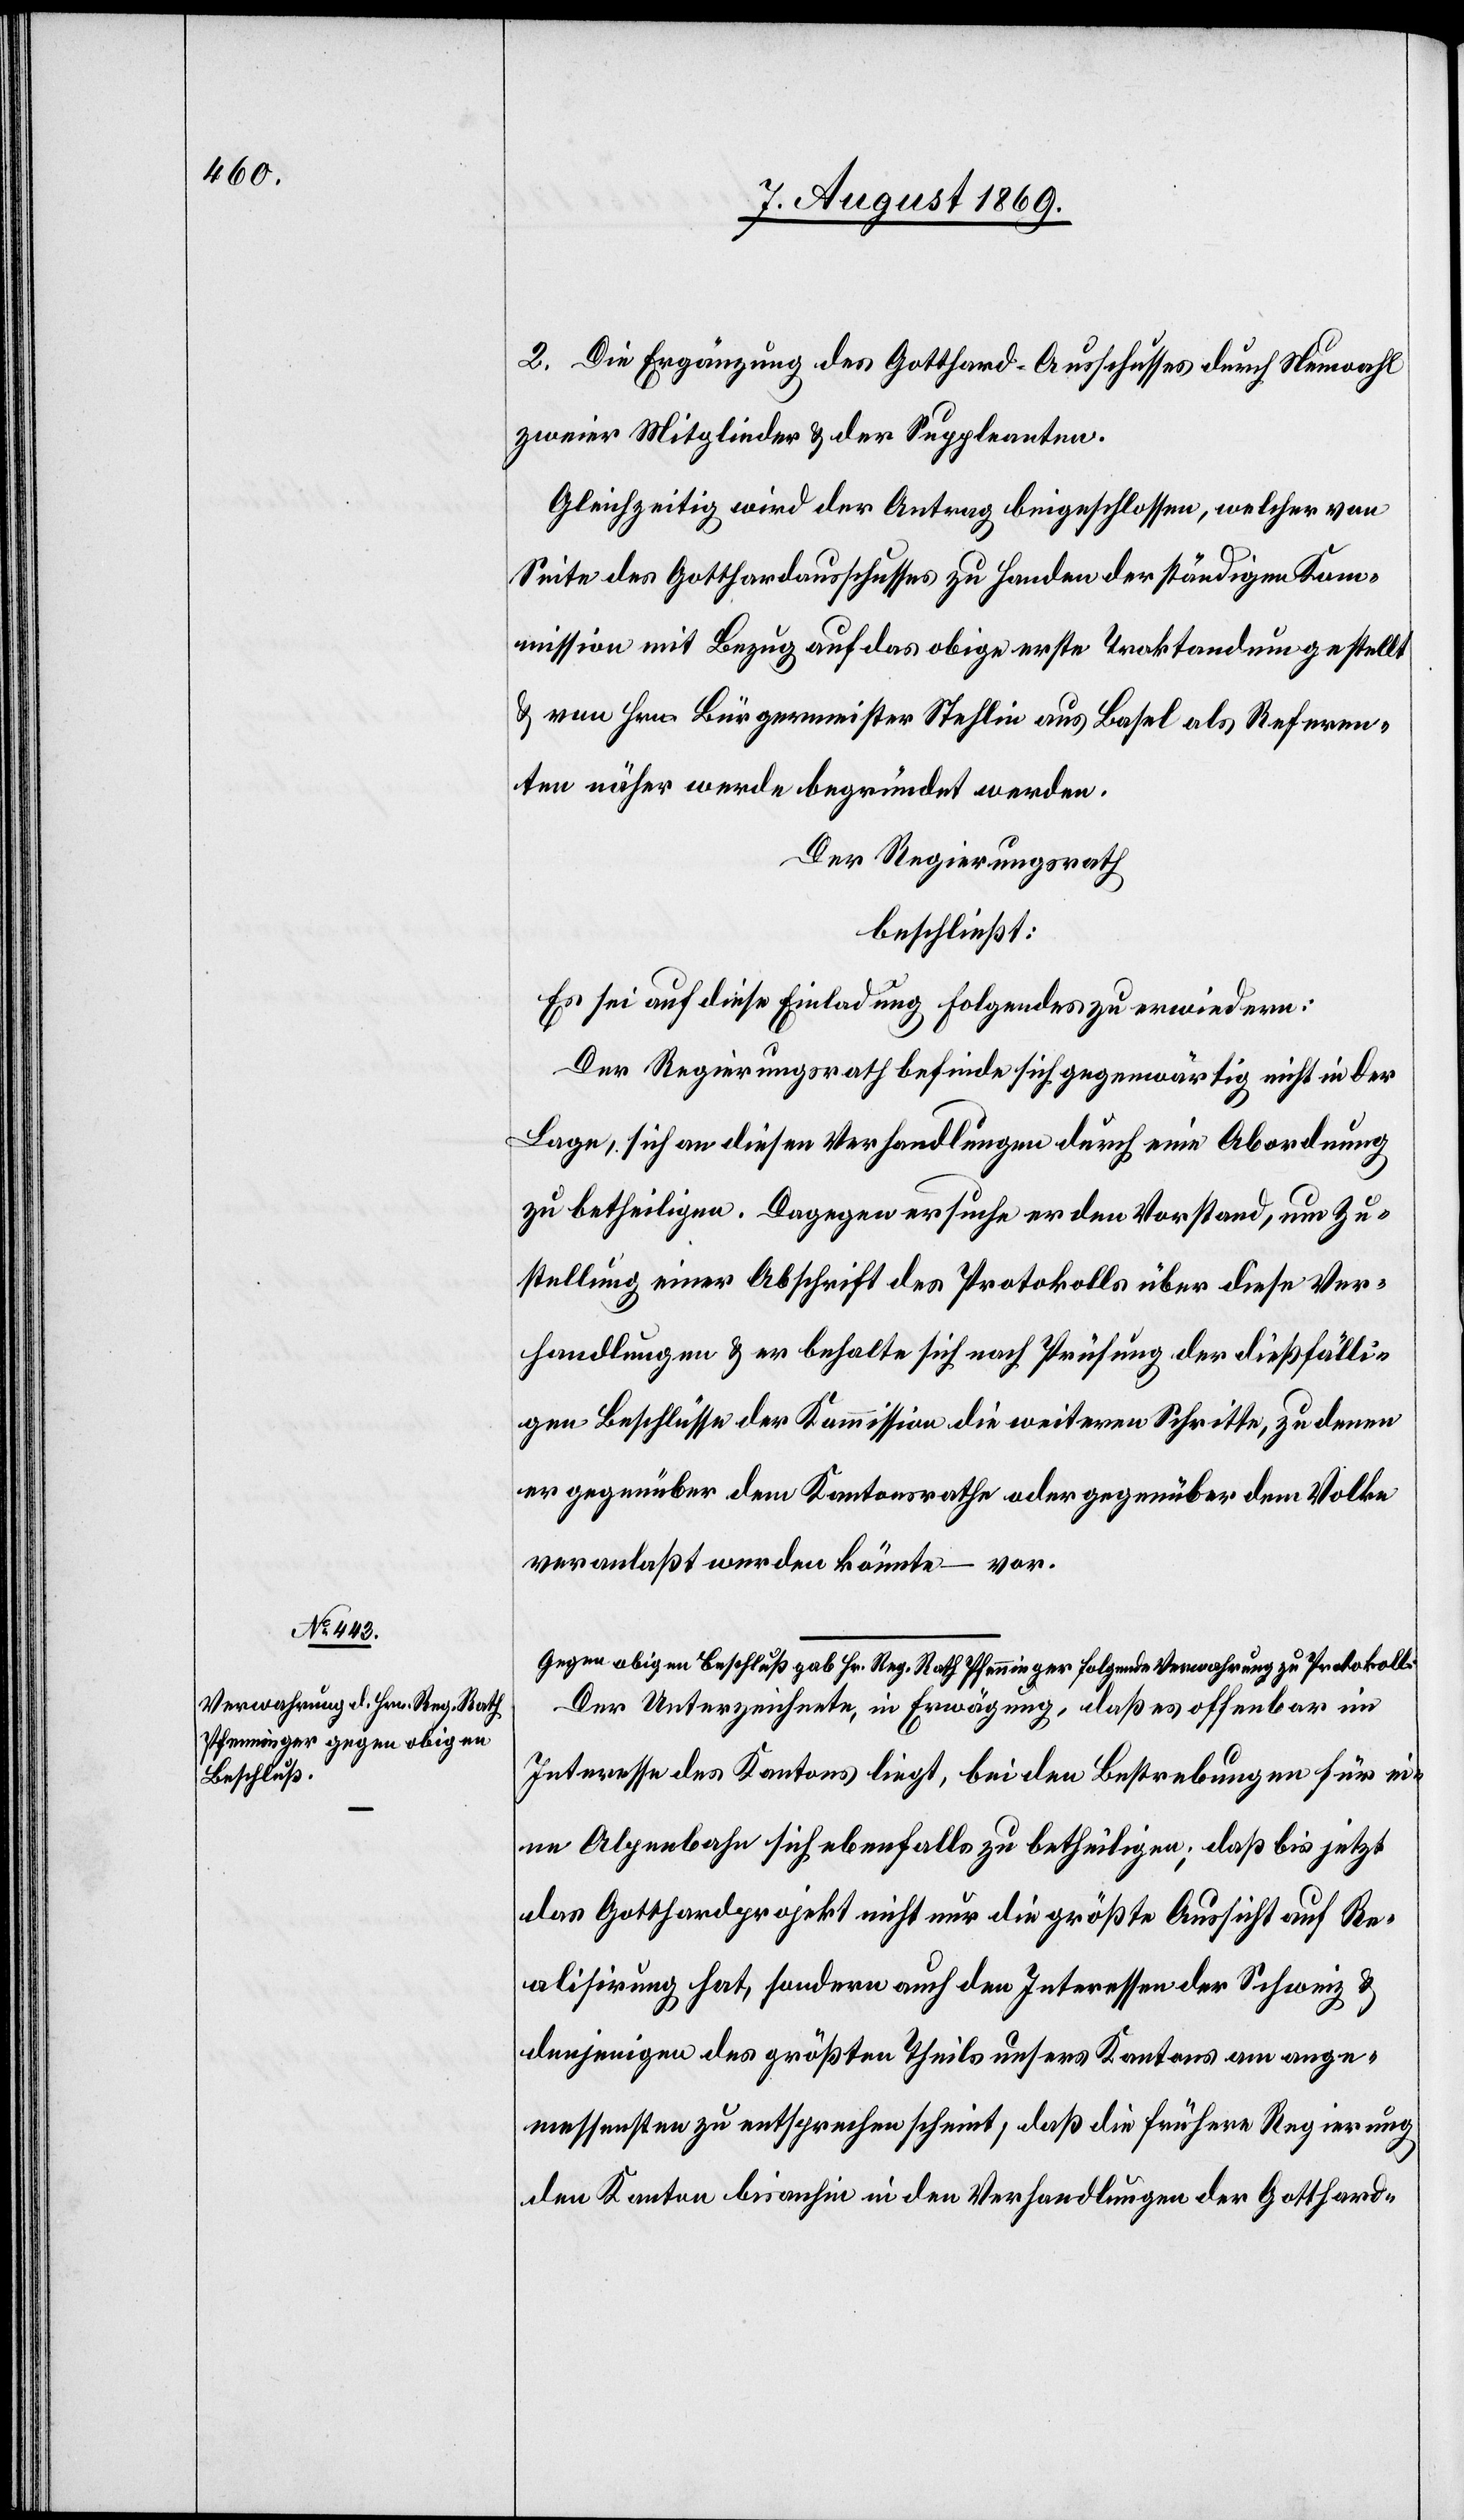
2. Die Ergänzung des Gotthard-Ausschusses durch Neuwahl
zweier Mitglieder & der Suppleanten.
Gleichzeitig wird der Antrag beigeschlossen, welcher von
Seite des Gotthardausschusses zu Handen der ständigen Kom¬
mission mit Bezug auf das obige erste Traktandum gestellt
& von Hrn. Bürgermeister Stehlin aus Basel als Referen¬
ten näher werde begründet werden.
Der Regierungsrath
beschließt:
Es sei auf diese Einladung folgendes zu erwiedern:
Der Regierungsrath befinde sich gegenwärtig nicht in der
Lage, sich an diesen Verhandlungen durch eine Abordnung
zu betheiligen. Dagegen ersuche er den Vorstand, um Zu¬
stellung einer Abschrift des Protokolls über diese Ver¬
handlungen & er behalte sich nach Prüfung der dießfälli¬
gen Beschlüsse der Kommission die weiteren Schritte, zu denen
er gegenüber dem Kantonsrathe oder gegenüber dem Volke
veranlaßt werden könnte – vor.
Gegen obigen Beschluß gab Hr. Reg. Rath Pfenninger folgende Verwahrung zu Protokoll:
Der Unterzeichnete, in Erwägung, daß es offenbar im
Interesse des Kantons liegt, bei den Bestrebungen für ei¬
ne Alpenbahn sich ebenfalls zu betheiligen; daß bis jetzt
das Gotthardprojekt nicht nur die größte Aussicht auf Re¬
alisierung hat, sondern auch den Interessen der Schweiz &
denjenigen des größten Theils unsers Kantons am ange¬
messensten zu entsprechen scheint, daß die frühere Regierung
den Kanton bis anhin in den Verhandlungen der Gotthard-